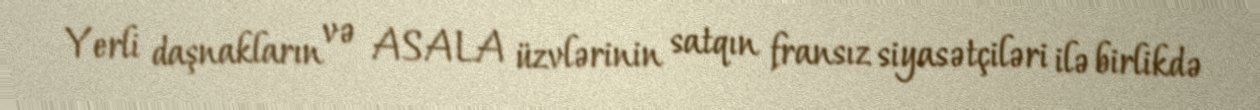
Yerli daşnakların və ASALA üzvlərinin satqın fransız siyasətçiləri ilə birlikdə